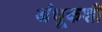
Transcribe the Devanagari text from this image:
अंधूकशी